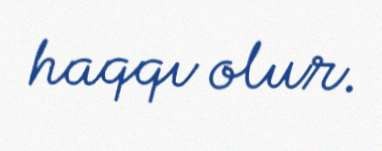
haqqı olur.